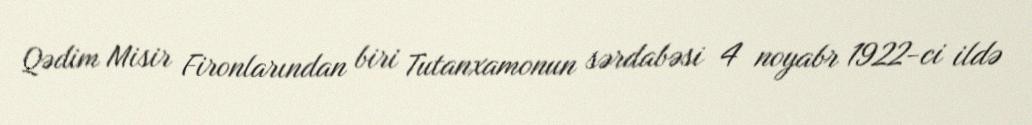
Qədim Misir Fironlarından biri Tutanxamonun sərdabəsi 4 noyabr 1922-ci ildə